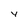
Character: 4